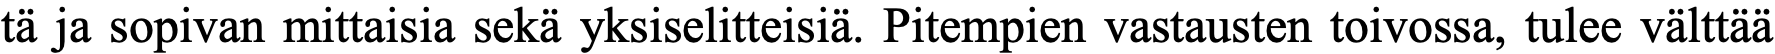
tä ja sopivan mittaisia sekä yksiselitteisiä. Pitempien vastausten toivossa, tulee välttää